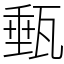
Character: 甀